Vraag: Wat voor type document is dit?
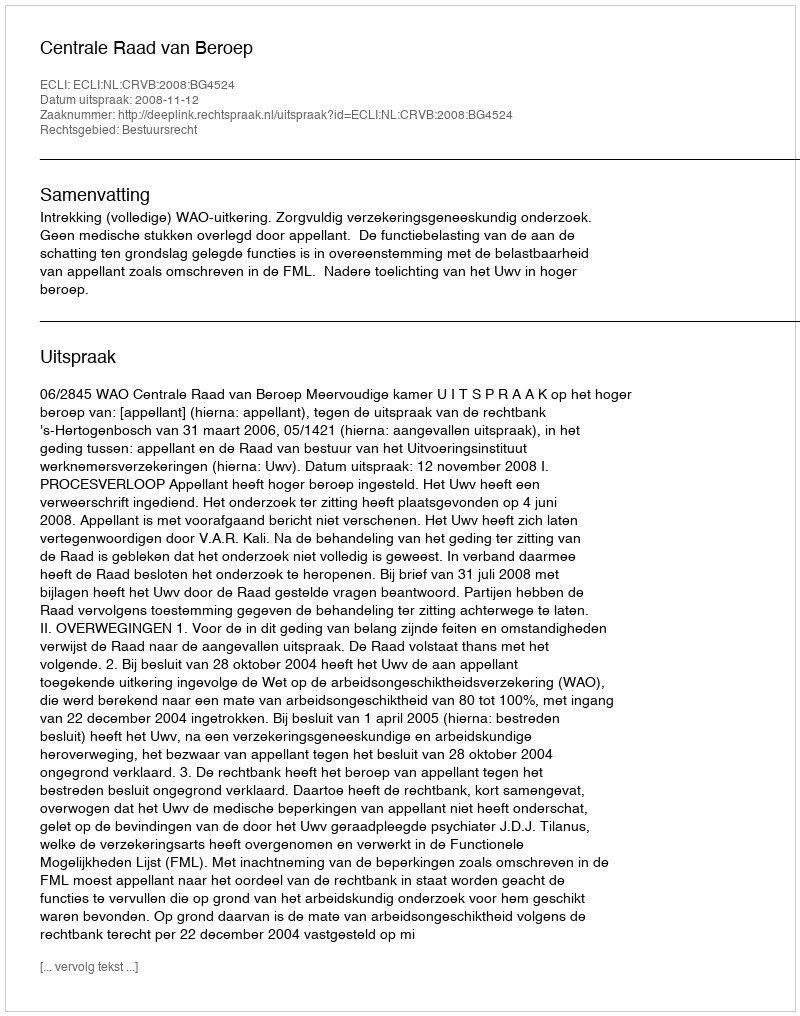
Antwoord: Uitspraak